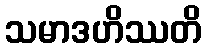
သမာဒဟိဿတိ